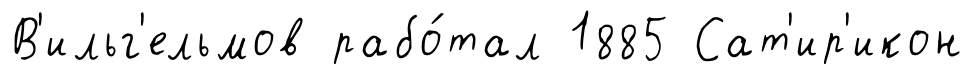
В'ильг'ельмов рабо́тал 1885 Сат'ир'икон